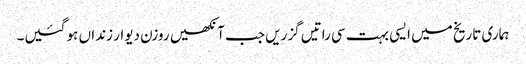
ہماری تاریخ میں ایسی بہت سی راتیں گزریں جب آنکھیں روزن دیوار زنداں ہو گئیں۔